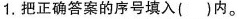
1.把正确答案的序号填入( )内。